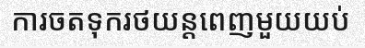
ការចតទុករថយន្តពេញមួយយប់